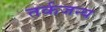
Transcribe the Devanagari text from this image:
तर्कजन्य